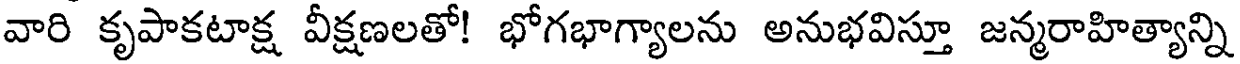
వారి కృపాకటాక్ష వీక్షణలతో! భోగభాగ్యాలను అనుభవిస్తూ జన్మరాహిత్యాన్ని